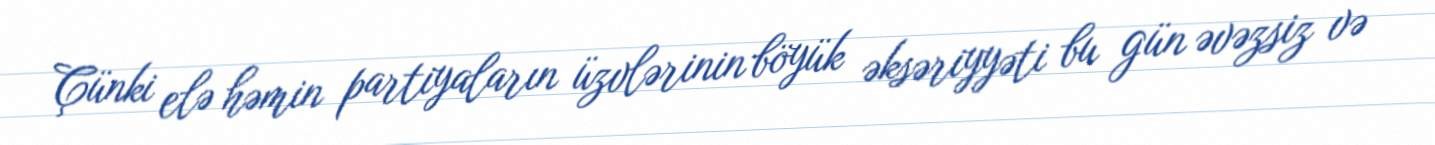
Çünki elə həmin partiyaların üzvlərinin böyük əksəriyyəti bu gün əvəzsiz və